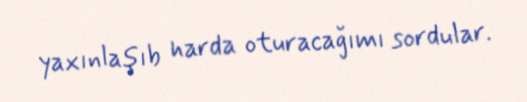
yaxınlaşıb harda oturacağımı sordular.